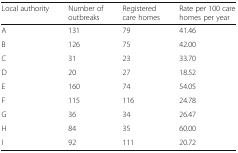
| Local authority | Number of outbreaks | Registered care homes | Rate per 100 care homes per year |
 | --- | --- | --- | --- |
 | A | 131 | 79 | 41.46 |
 | B | 126 | 75 | 42.00 |
 | C | 31 | 23 | 33.70 |
 | D | 20 | 27 | 18.52 |
 | E | 160 | 74 | 54.05 |
 | F | 115 | 116 | 24.78 |
 | G | 36 | 34 | 26.47 |
 | H | 84 | 35 | 60.00 |
 | I | 92 | 111 | 20.72 |